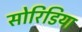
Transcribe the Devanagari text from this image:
सोरिडिया